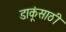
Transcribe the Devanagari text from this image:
डाकूंसाठी